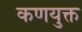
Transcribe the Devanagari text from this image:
कणयुक्त